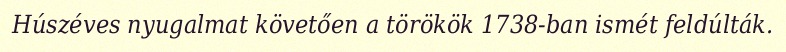
Húszéves nyugalmat követően a törökök 1738-ban ismét feldúlták.